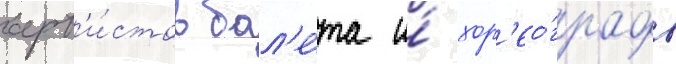
арт'и́стов бал'е́та и́ хор'ео́графов